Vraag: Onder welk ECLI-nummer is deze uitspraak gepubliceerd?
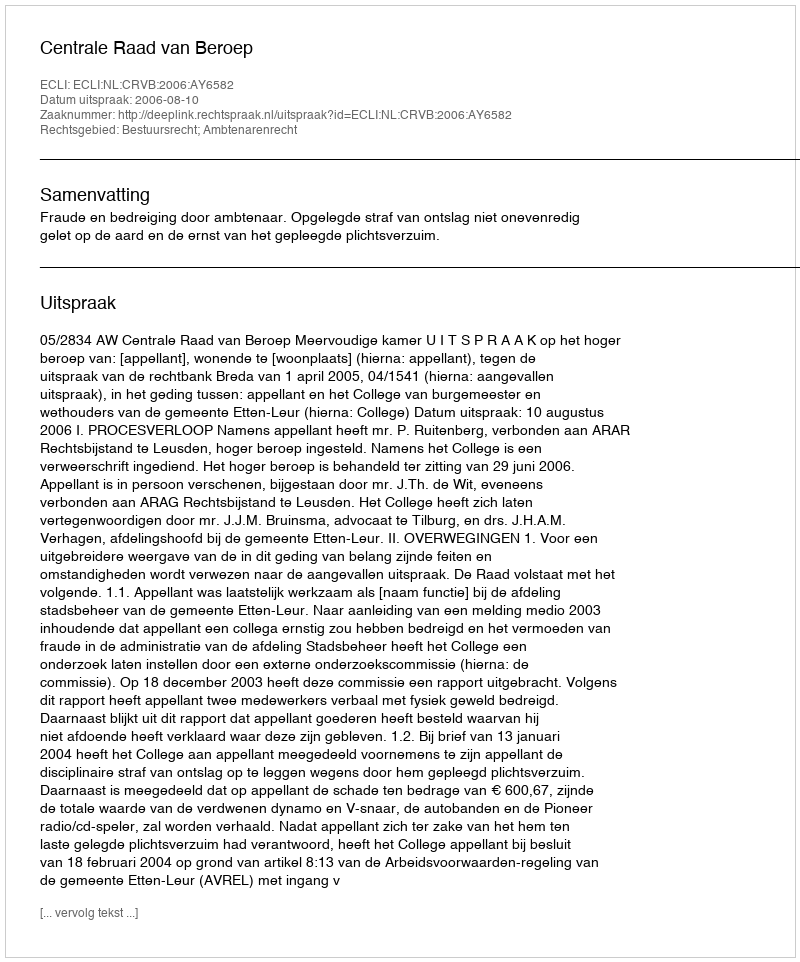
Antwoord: ECLI:NL:CRVB:2006:AY6582